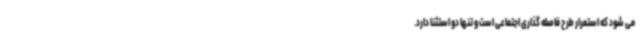
می شود که استمرار طرح فاصله گذاری اجتماعی است و تنها دو استثنا دارد.